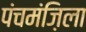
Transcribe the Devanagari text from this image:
पंचमंज़िला